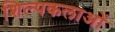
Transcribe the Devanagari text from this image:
शिल्पकलाओं